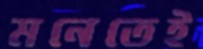
মনেতেই